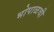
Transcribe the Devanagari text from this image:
भोपाळची